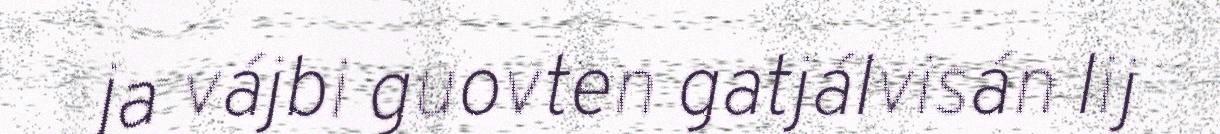
ja vájbi guovten gatjálvisán lij